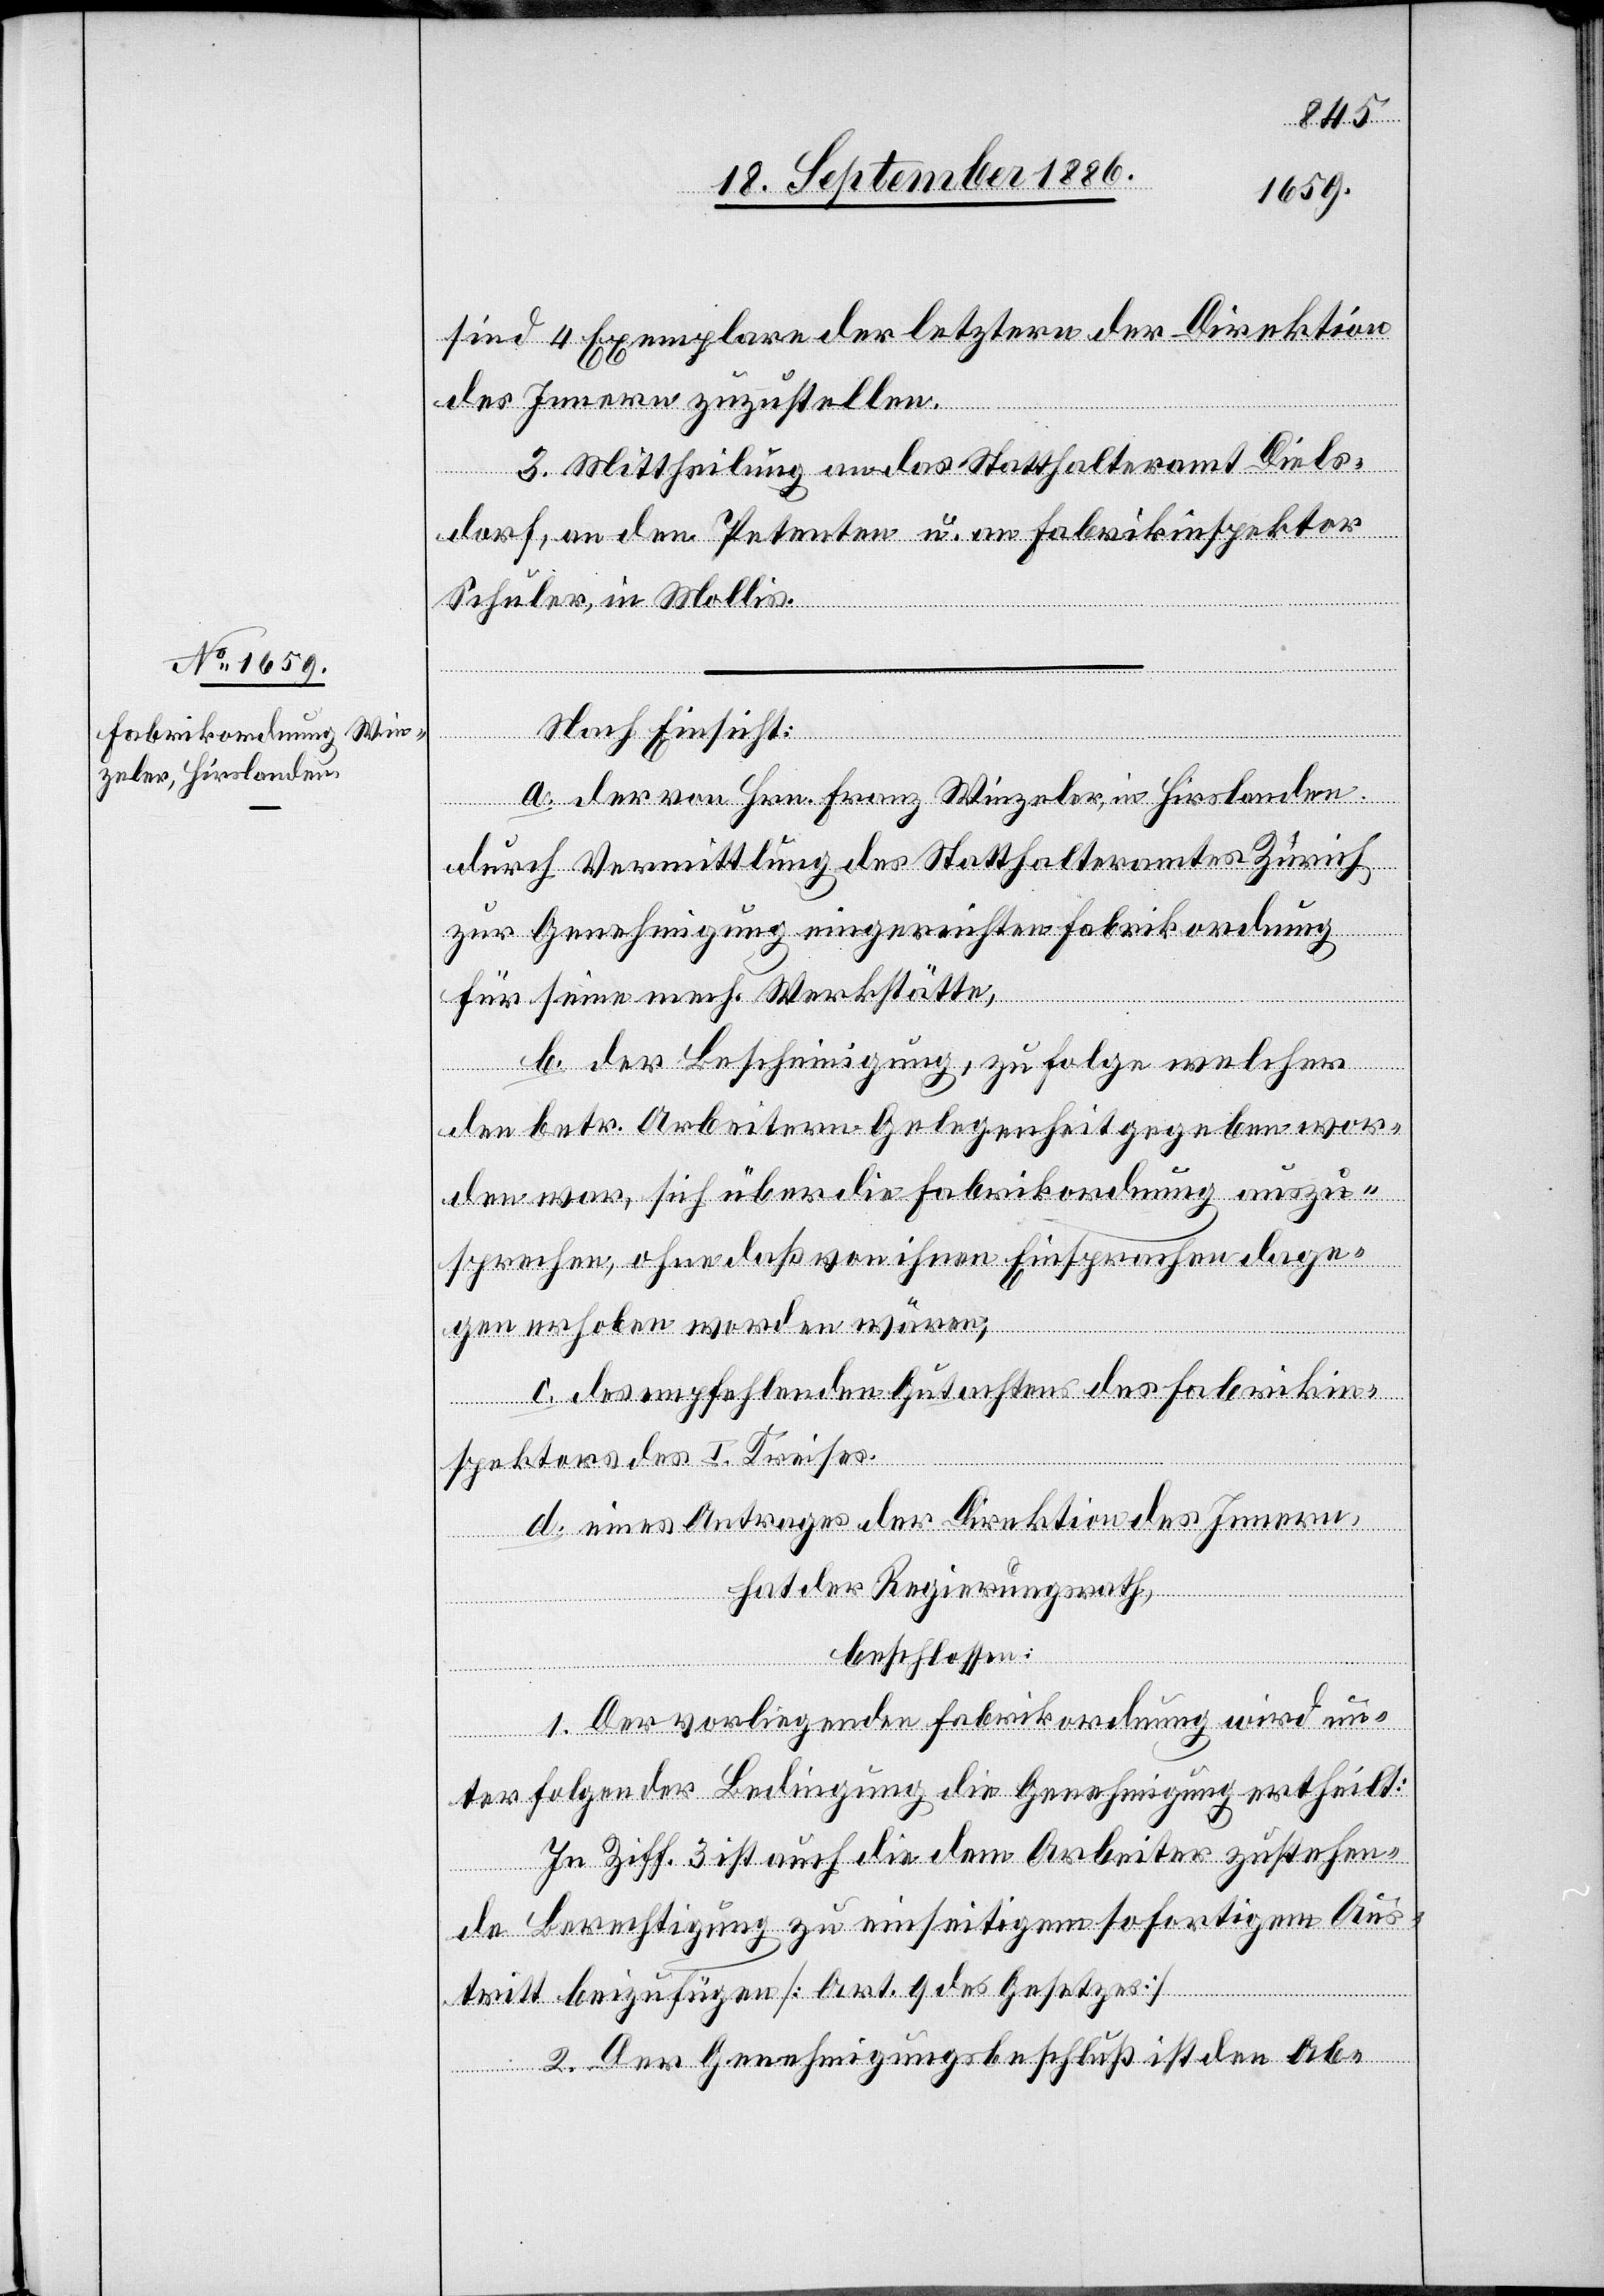
sind 4 Exemplare der letztern der Direktion
des Innern zuzustellen.
3. Mittheilung an das Statthalteramt Diels¬
dorf, an den Petenten u. an Fabrikinspektor
Schuler, in Mollis.
Nach Einsicht:
a. der von Hrn. Franz Winzeler, in Hirslanden
durch Vermittlung des Statthalteramtes Zürich
zur Genehmigung eingereichten Fabrikordnung
für seine mech. Werkstätte,
b. der Bescheinigung, zu Folge welcher
den betr. Arbeitern Gelegenheit gegeben wor¬
den war, sich über die Fabrikordnung auszu¬
sprechen, ohne daß von ihnen Einsprachen dage¬
gen erhoben worden wären;
c. des empfehlenden Gutachtens des Fabrikin¬
spektors des I. Kreises.
d. eines Antrages der Direktion des Innern,
hat der Regierungsrath,
beschlossen:
1. Der vorliegenden Fabrikordnung wird un¬
ter folgender Bedingung die Genehmigung ertheilt:
In Ziff. 3 ist auch die dem Arbeiter zustehen¬
de Berechtigung zu einseitigem sofortigem Aus¬
tritt beizufügen [Art. 9 des Gesetzes]
2. Der Genehmigungsbeschluß ist den Ab-